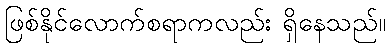
ဖြစ်နိုင်လောက်စရာကလည်း ရှိနေသည်။